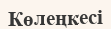
Көлеңкесі